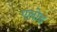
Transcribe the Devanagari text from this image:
एलोड